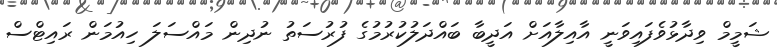
ޝަމީމް ވިދާޅުވެފައިވަނީ އާއިލާއަށް އަދީބާ ބައްދަލުކުރުމުގެ ފުރުސަތު ނުދިން މައްސަލަ ހިއުމަން ރައިޓްސް